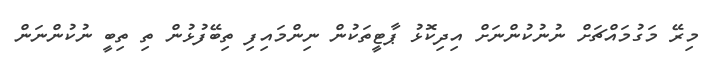
މިރޭ މަގުމައްޗަށް ނުނުކުންނަށް އިދިކޮޅު ޕާޓީތަކުން ނިންމައިފި ތިބޭފުޅުން ތި ތިބީ ނުކުންނަން